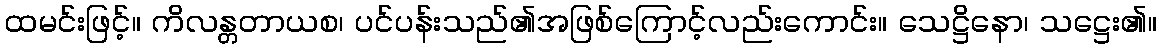
ထမင်းဖြင့်။ ကိလန္တတာယစ၊ ပင်ပန်းသည်၏အဖြစ်ကြောင့်လည်းကောင်း။ သေဋ္ဌိနော၊ သဋ္ဌေး၏။